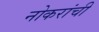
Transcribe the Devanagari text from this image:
नोकरांची